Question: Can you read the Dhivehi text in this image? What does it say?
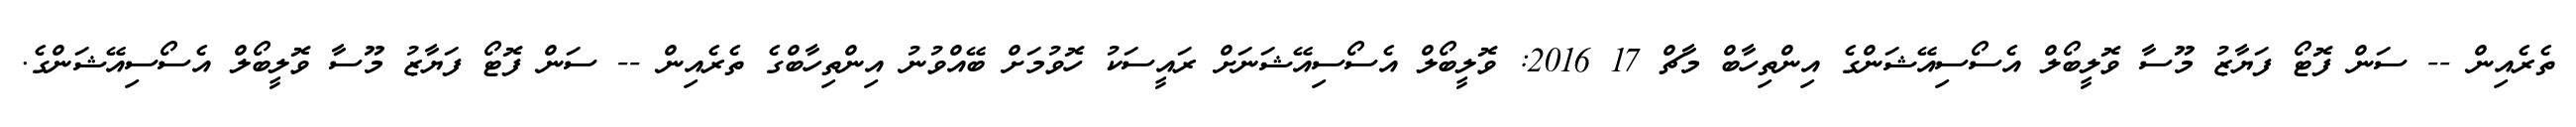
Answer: ތެރެއިން -- ސަން ފޮޓޯ ފަޔާޒު މޫސާ ވޮލީބޯލް އެސޯސިއޭޝަންގެ އިންތިހާބް މާޗް 17 2016: ވޮލީބޯލް އެސޯސިއޭޝަނަށް ރައީސަކު ހޮވުމަށް ބޭއްވުނު އިންތިހާބްގެ ތެރެއިން -- ސަން ފޮޓޯ ފަޔާޒު މޫސާ ވޮލީބޯލް އެސޯސިއޭޝަންގެ.